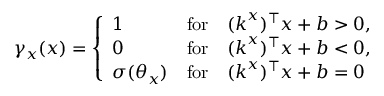
\gamma _ { x } ( \boldsymbol { x } ) = \left\{ \begin{array} { l l } { 1 } & { \mathrm { f o r } \quad ( \boldsymbol { k } ^ { x } ) ^ { \top } \boldsymbol { x } + b > 0 , } \\ { 0 } & { \mathrm { f o r } \quad ( \boldsymbol { k } ^ { x } ) ^ { \top } \boldsymbol { x } + b < 0 , } \\ { \sigma ( \theta _ { x } ) } & { \mathrm { f o r } \quad ( \boldsymbol { k } ^ { x } ) ^ { \top } \boldsymbol { x } + b = 0 } \end{array} \right.